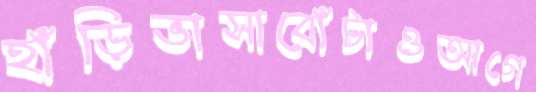
হাঁড়িভাসাবোঁটাওআগে